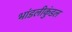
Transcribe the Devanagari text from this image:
भांडलीकुंडल